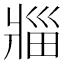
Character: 𪺟